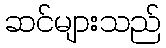
ဆင်များသည်